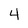
Character: 4